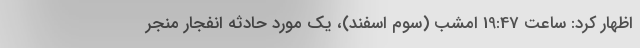
اظهار کرد: ساعت 19:47 امشب (سوم اسفند)، یک مورد حادثه انفجار منجر